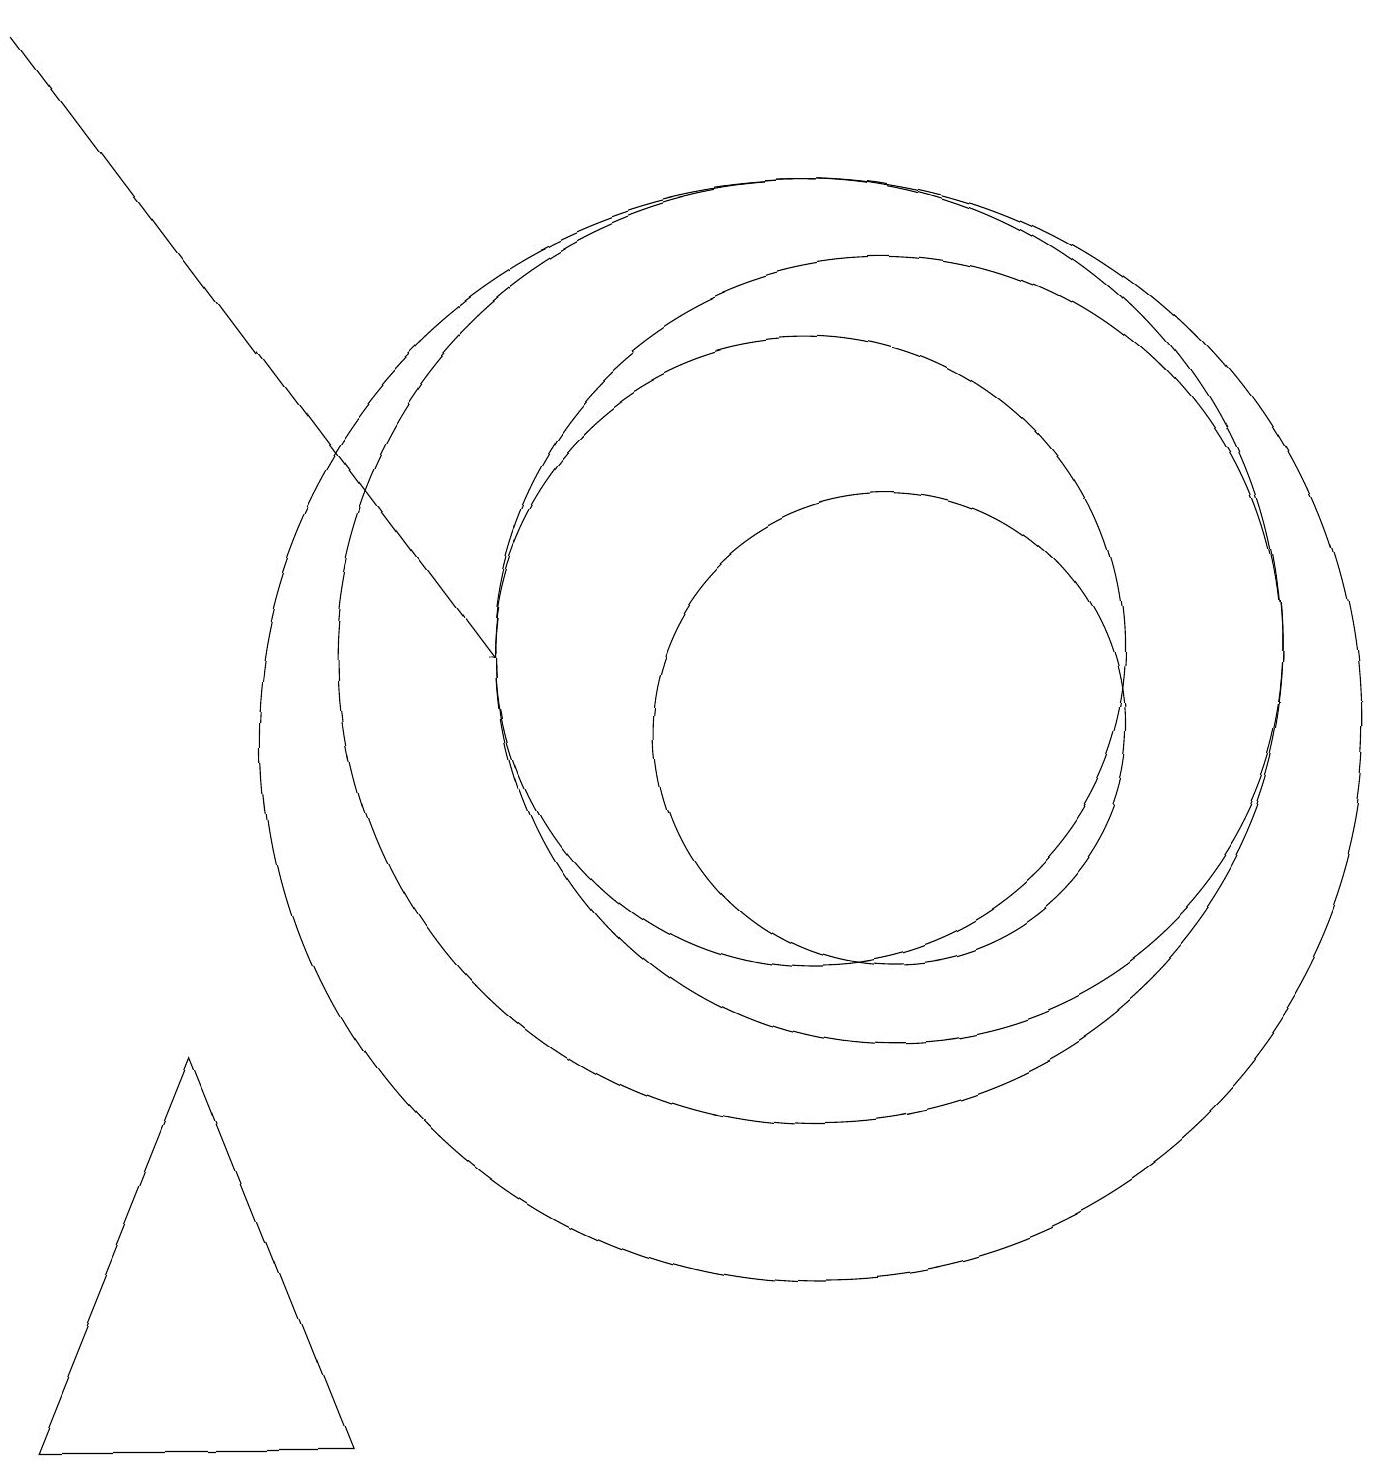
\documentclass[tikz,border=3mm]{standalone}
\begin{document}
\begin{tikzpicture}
\draw (10,11) circle (4);
\draw (10,10) circle (0);
\draw[->] (0,19) -- (6,11);
\draw (10,10) circle (7);
\draw (11,11) circle (5);
\draw (10,11) circle (6);
\draw (11,10) circle (3);
\draw (4,1) -- (0,1) -- (2,6) -- cycle;
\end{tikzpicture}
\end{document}